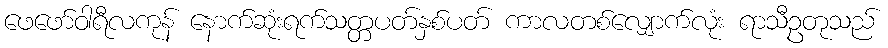
ဖေဖော်ဝါရီလကုန် နောက်ဆုံးရက်သတ္တပတ်နှစ်ပတ် ကာလတစ်လျှောက်လုံး ရာသီဥတုသည်